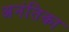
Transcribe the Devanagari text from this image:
अनंतिका